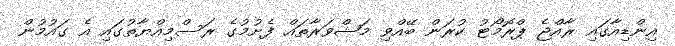
އިންޑިއާގައި ރާއްޖެ ޕްރޮމޯޓު ކުރަން ބޭއްވި މަޝްވަރާތައް ފެށުމުގެ ރަސްމިއްޔާތުގައި އެ ގައުމުން